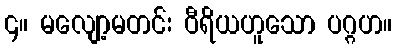
၄။ မလျော့မတင်း ဝီရိယဟူသော ပဂ္ဂဟ။